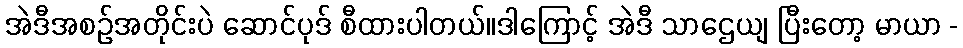
အဲဒီအစဉ်အတိုင်းပဲ ဆောင်ပုဒ် စီထားပါတယ်။ဒါကြောင့် အဲဒီ သာဌေယျ ပြီးတော့ မာယာ -